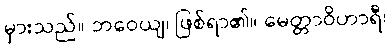
မှားသည်။ ဘဝေယျ၊ ဖြစ်ရာ၏။ မေတ္တာဝိဟာရီ၊